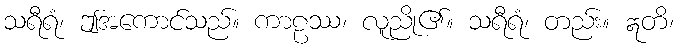
သရီရံ၊ ဤအကောင်သည်။ ကာဠဿ၊ လူညို၏။ သရီရံ၊ တည်း။ ဣတိ၊